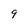
Character: 9